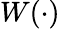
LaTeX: W(\cdot)